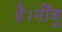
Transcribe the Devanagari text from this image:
है।नींबू